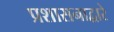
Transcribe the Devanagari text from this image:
प्रशासनाद्वारे